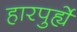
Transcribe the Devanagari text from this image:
हारपुर्ह्ये